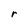
Character: r